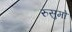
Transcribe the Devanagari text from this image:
रुसुमो